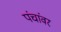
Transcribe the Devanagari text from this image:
पंचांवर